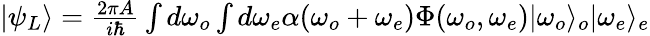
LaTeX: \begin{array}{r}{|\psi_{L}\rangle=\frac{2\pi A}{i\hbar}\int d\omega_{o}\int d\omega_{e}\alpha(\omega_{o}+\omega_{e})\Phi(\omega_{o},\omega_{e})|\omega_{o}\rangle_{o}|\omega_{e}\rangle_{e}}\end{array}